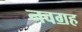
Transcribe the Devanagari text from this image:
नवॻह